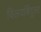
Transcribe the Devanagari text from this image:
विलयबिंदूला